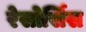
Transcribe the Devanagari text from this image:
रेसोर्सिस